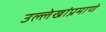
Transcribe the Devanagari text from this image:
उल्लेखांप्रमाणे